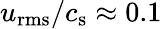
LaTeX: u_{\mathrm{rms}}/c_{\mathrm{s}}\approx 0.1